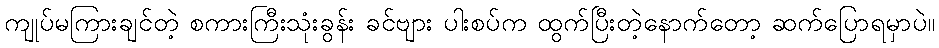
ကျုပ်မကြားချင်တဲ့ စကားကြီးသုံးခွန်း ခင်ဗျား ပါးစပ်က ထွက်ပြီးတဲ့နောက်တော့ ဆက်ပြောရမှာပဲ။